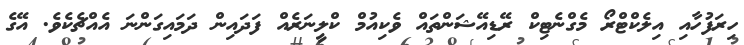
ހިރަފުހާއި އިލެކްޓްރޯ މެގްނެޓިކް ރޭޑިއޭޝަންތައް ވެކިއުމް ކްލީނަރެއް ފަދައިން ދަމައިގަންނަ އެއްޗެކެވެ. އޭގެ